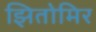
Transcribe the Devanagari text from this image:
झितोमिर